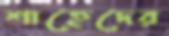
শাহেদের